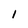
Character: 1